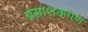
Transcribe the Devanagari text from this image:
प्रसाशकगण